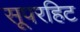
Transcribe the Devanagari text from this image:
सूपरहिट